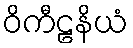
ဝိကီဠနိယံ